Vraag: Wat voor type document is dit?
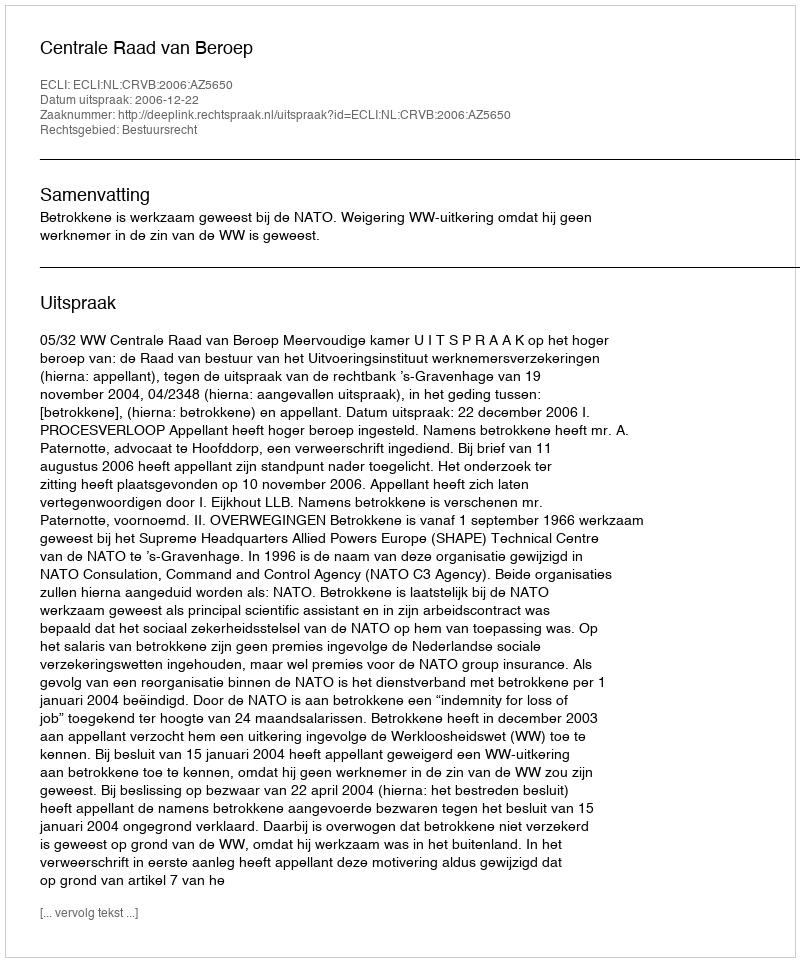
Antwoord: Uitspraak